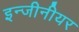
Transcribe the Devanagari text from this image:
इन्जीनीयर